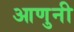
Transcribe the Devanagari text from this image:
आणुनी